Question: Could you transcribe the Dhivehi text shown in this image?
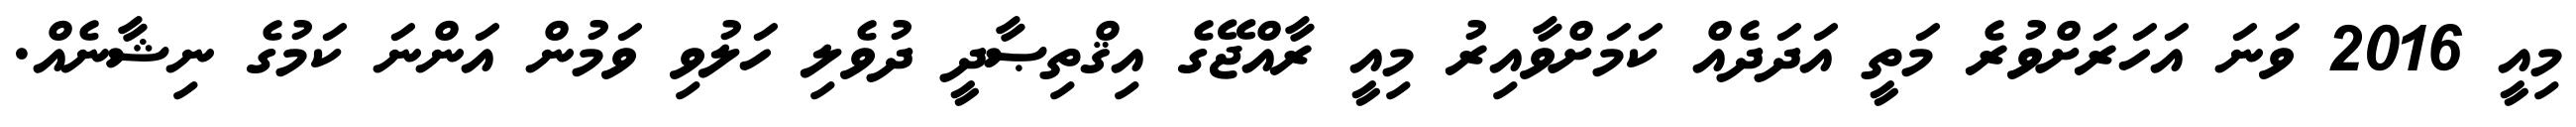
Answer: މިއީ 2016 ވަނަ އަހަރަށްވުރެ މަތީ އަދަދެއް ކަމަށްވާއިރު މިއީ ރާއްޖޭގެ އިޤްތިޞާދީ ދުވެލި ހަލުވި ވަމުން އަންނަ ކަމުގެ ނިޝާނެއް.